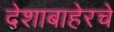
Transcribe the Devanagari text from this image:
देशाबाहेरचे